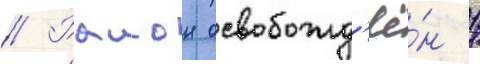
// Раион освобожд'ё́н 1